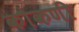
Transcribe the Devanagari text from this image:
कौकणी